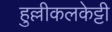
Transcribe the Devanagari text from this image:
हुल्लीकलकेट्टी